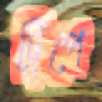
ট্রিপে